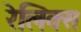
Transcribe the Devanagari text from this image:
रेलिक्स